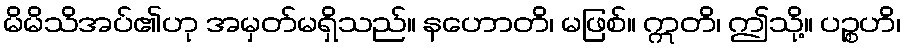
မိမိသိအပ်၏ဟု အမှတ်မရှိသည်။ နဟောတိ၊ မဖြစ်။ ဣတိ၊ ဤသို့။ ပဉ္စဟိ၊